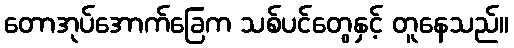
တောအုပ်အောက်ခြေက သစ်ပင်တွေနှင့် တူနေသည်။